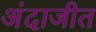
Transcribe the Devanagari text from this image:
अंदाजीत